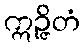
ဣဉ္ဇိတံ